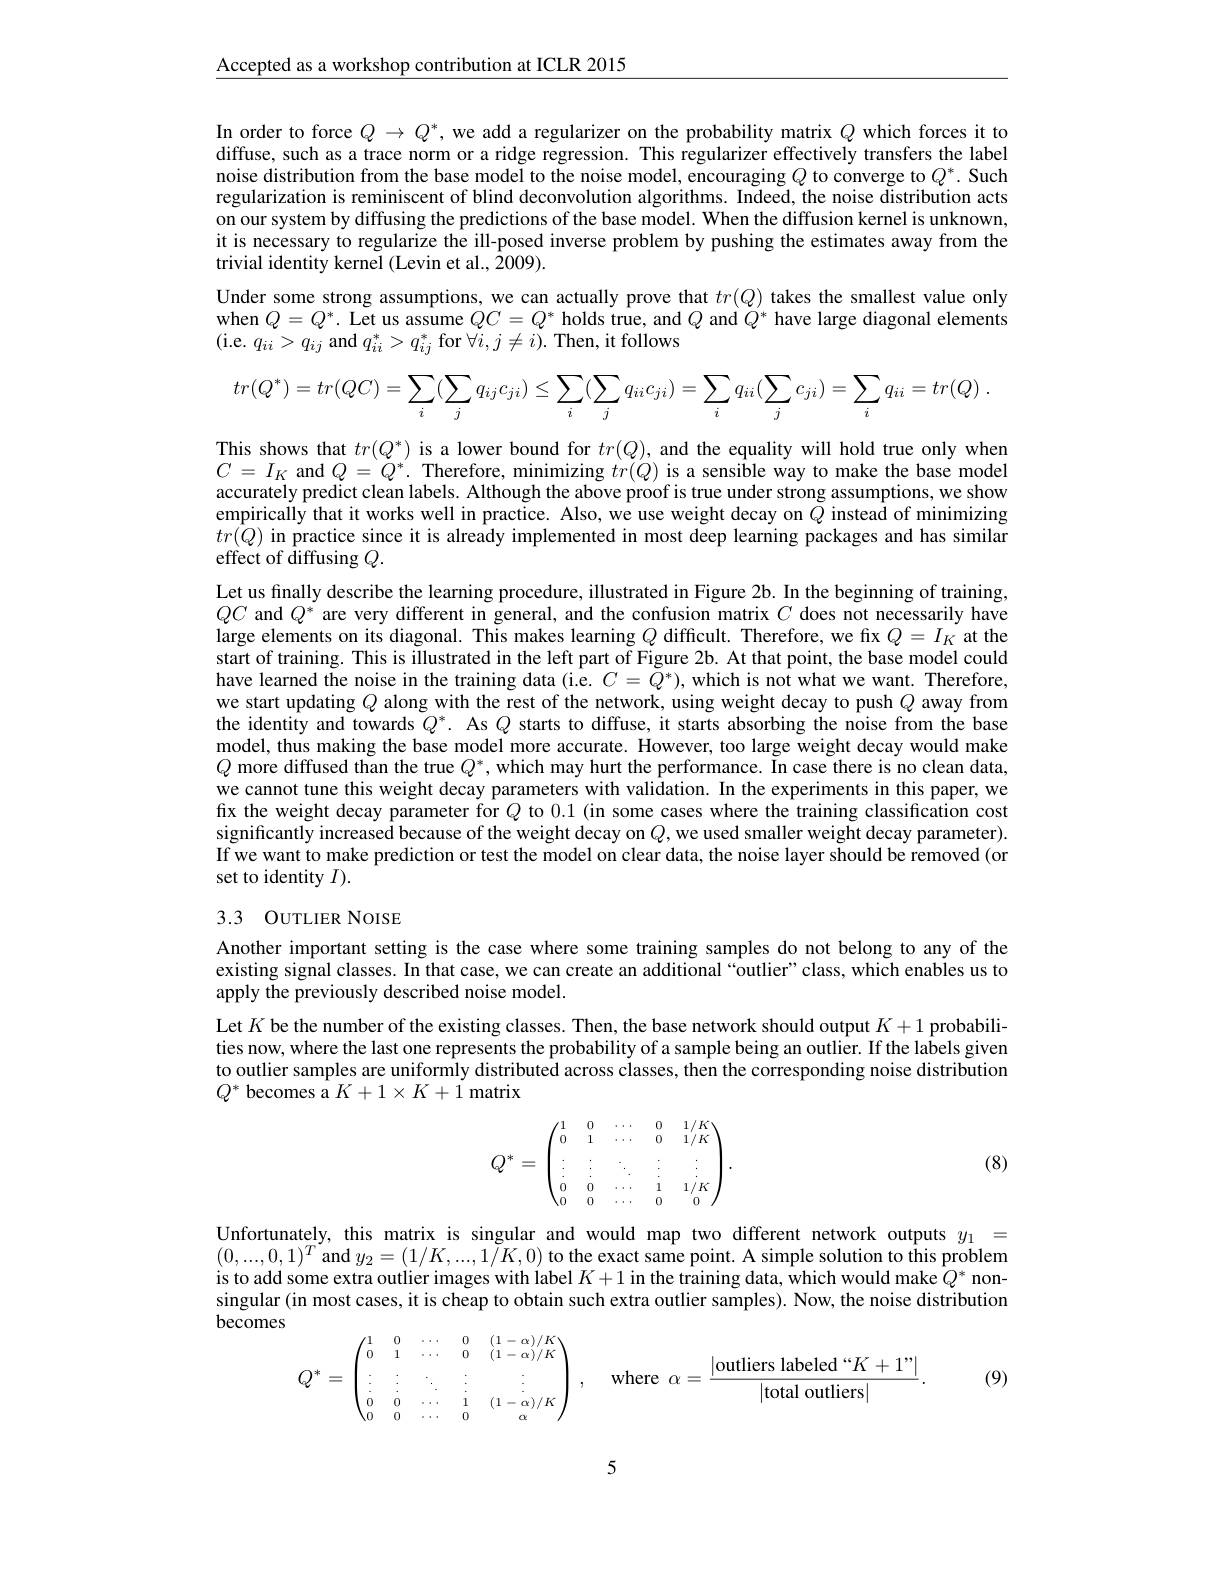
$\underline{\mathrm{Accepted~as~a~workshop~contribution~at~ICLR~2015}}$

In order to force $Q\to Q^*$, we add a regularizer on the probability matrix $Q$ which forces it to diffuse, such as a trace norm or a ridge regression. This regularizer effectively transfers the label noise distribution from the base model to the noise model, encouraging $Q$ to converge to $Q^*.$ Such regularization is reminiscent of blind deconvolution algorithms. Indeed, the noise distribution acts on our system by diffusing the predictions of the base model. When the diffusion kernel is unknown, it is necessary to regularize the ill-posed inverse problem by pushing the estimates away from the trivial identity kernel (Levin et al., 2009).
Under some strong assumptions, we can actually prove that $tr(Q)$ takes the smallest value only when $Q=Q^*.$ Let us assume $QC=Q^*$ holds true, and $Q$ and $Q^*$ have large diagonal elements (i.e. $q_ii>q_{ij}$ and $q_ii^*>q_{ij}^*$ for $\forall i,j\neq i).$ Then, it follows
$$tr(Q^{*})=tr(QC)=\sum_{i}(\sum_{j}q_{ij}c_{ji})\leq\sum_{i}(\sum_{j}q_{ii}c_{ji})=\sum_{i}q_{ii}(\sum_{j}c_{ji})=\sum_{i}q_{ii}=tr(Q)\:.$$
This shows that $tr(Q^{*})$ is a lower bound for $tr(Q)$, and the equality will hold true only when $C=I_K$ and $Q=Q^*.$ Therefore, minimizing $tr(Q)$ is a sensible way to make the base model accurately predict clean labels. Although the above proof is true under strong assumptions, we show empirically that it works well in practice. Also, we use weight decay on $\tilde{Q}$ instead of minimizing $tr(Q)$ in practice since it is already implemented in most deep learning packages and has similar effect of diffusing $Q.$
Let us finally describe the learning procedure, illustrated in Figure 2b. In the beginning of training, $QC$ and $Q^*$ are very different in general, and the confusion matrix $C$ does not necessarily have large elements on its diagonal. This makes learning $Q$ difficult. Therefore, we fix $Q=I_K$ at the start of training. This is illustrated in the left part of Figure 2b. At that point, the base model could have learned the noise in the training data (i.e. $C=\tilde{Q}^*)$, which is not what we want. Therefore, we start updating $Q$ along with the rest of the network, using weight decay to push $Q$ away from the identity and towards $Q^*.$ As $Q$ starts to diffuse, it starts absorbing the noise from the base model, thus making the base model more accurate. However, too large weight decay would make $Q$ more diffused than the true $Q^*$,which may hurt the performance. In case there is no clean data, we cannot tune this weight decay parameters with validation. In the experiments in this paper, we fix the weight decay parameter for $Q$ to 0.1 (in some cases where the training classification cost significantly increased because of the weight decay on $Q$,we used smaller weight decay parameter). If we want to make prediction or test the model on clear data, the noise layer should be removed (or set to identity $I).$

## 3.3 OUTLIER NOISE

Another important setting is the case where some training samples do not belong to any of the existing signal classes. In that case, we can create an additional “outlier”class, which enables us to apply the previously described noise model.

Let $K$ be the number of the existing classes. Then, the base network should output $K+1$ probabilities now, where the last one represents the probability of a sample being an outlier. If the labels given to outlier samples are uniformly distributed across classes, then the corresponding noise distribution $Q^*$ becomes a $K+1\times K+1$ matrix

(8)
$$Q^*=\begin{pmatrix}1&0&\cdots&0&1/K\\0&1&\cdots&0&1/K\\\vdots&\vdots&\ddots&\vdots&\vdots\\0&0&\cdots&1&1/K\\0&0&\cdots&0&0\end{pmatrix}.$$
Unfortunately, this matrix is singular and would map two different network outputs $y_1=$ $(0,...,0,1)^{T}$and $y_2=(1/K,...,1/K,0)$ to the exact same point. A simple solution to this problem is to add some extra outlier images with label $K+1$ in the training data, which would make $\hat{Q}^*$ nonsingular (in most cases, it is cheap to obtain such extra outlier samples). Now, the noise distribution becomes
$$Q^*=\begin{pmatrix}1&0&\cdots&0&(1-\alpha)/K\\0&1&\cdots&0&(1-\alpha)/K\\\vdots&\vdots&\ddots&\vdots&\vdots\\0&0&\cdots&1&(1-\alpha)/K\\0&0&\cdots&0&\alpha\end{pmatrix},\quad\text{where}\:\alpha=\frac{|\text{outliers labeled“}K+1”|}{|\text{total outliers}|}.$$
(9)

5